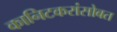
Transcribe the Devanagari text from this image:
कानिटकरांसोबत